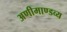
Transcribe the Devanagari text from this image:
अणीमाण्डव्य